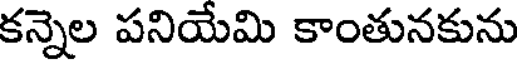
కన్నెల పనియేమి కాంతునకును